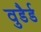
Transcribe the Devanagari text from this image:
वुडैर्ड